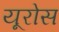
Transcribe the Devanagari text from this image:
यूरोस